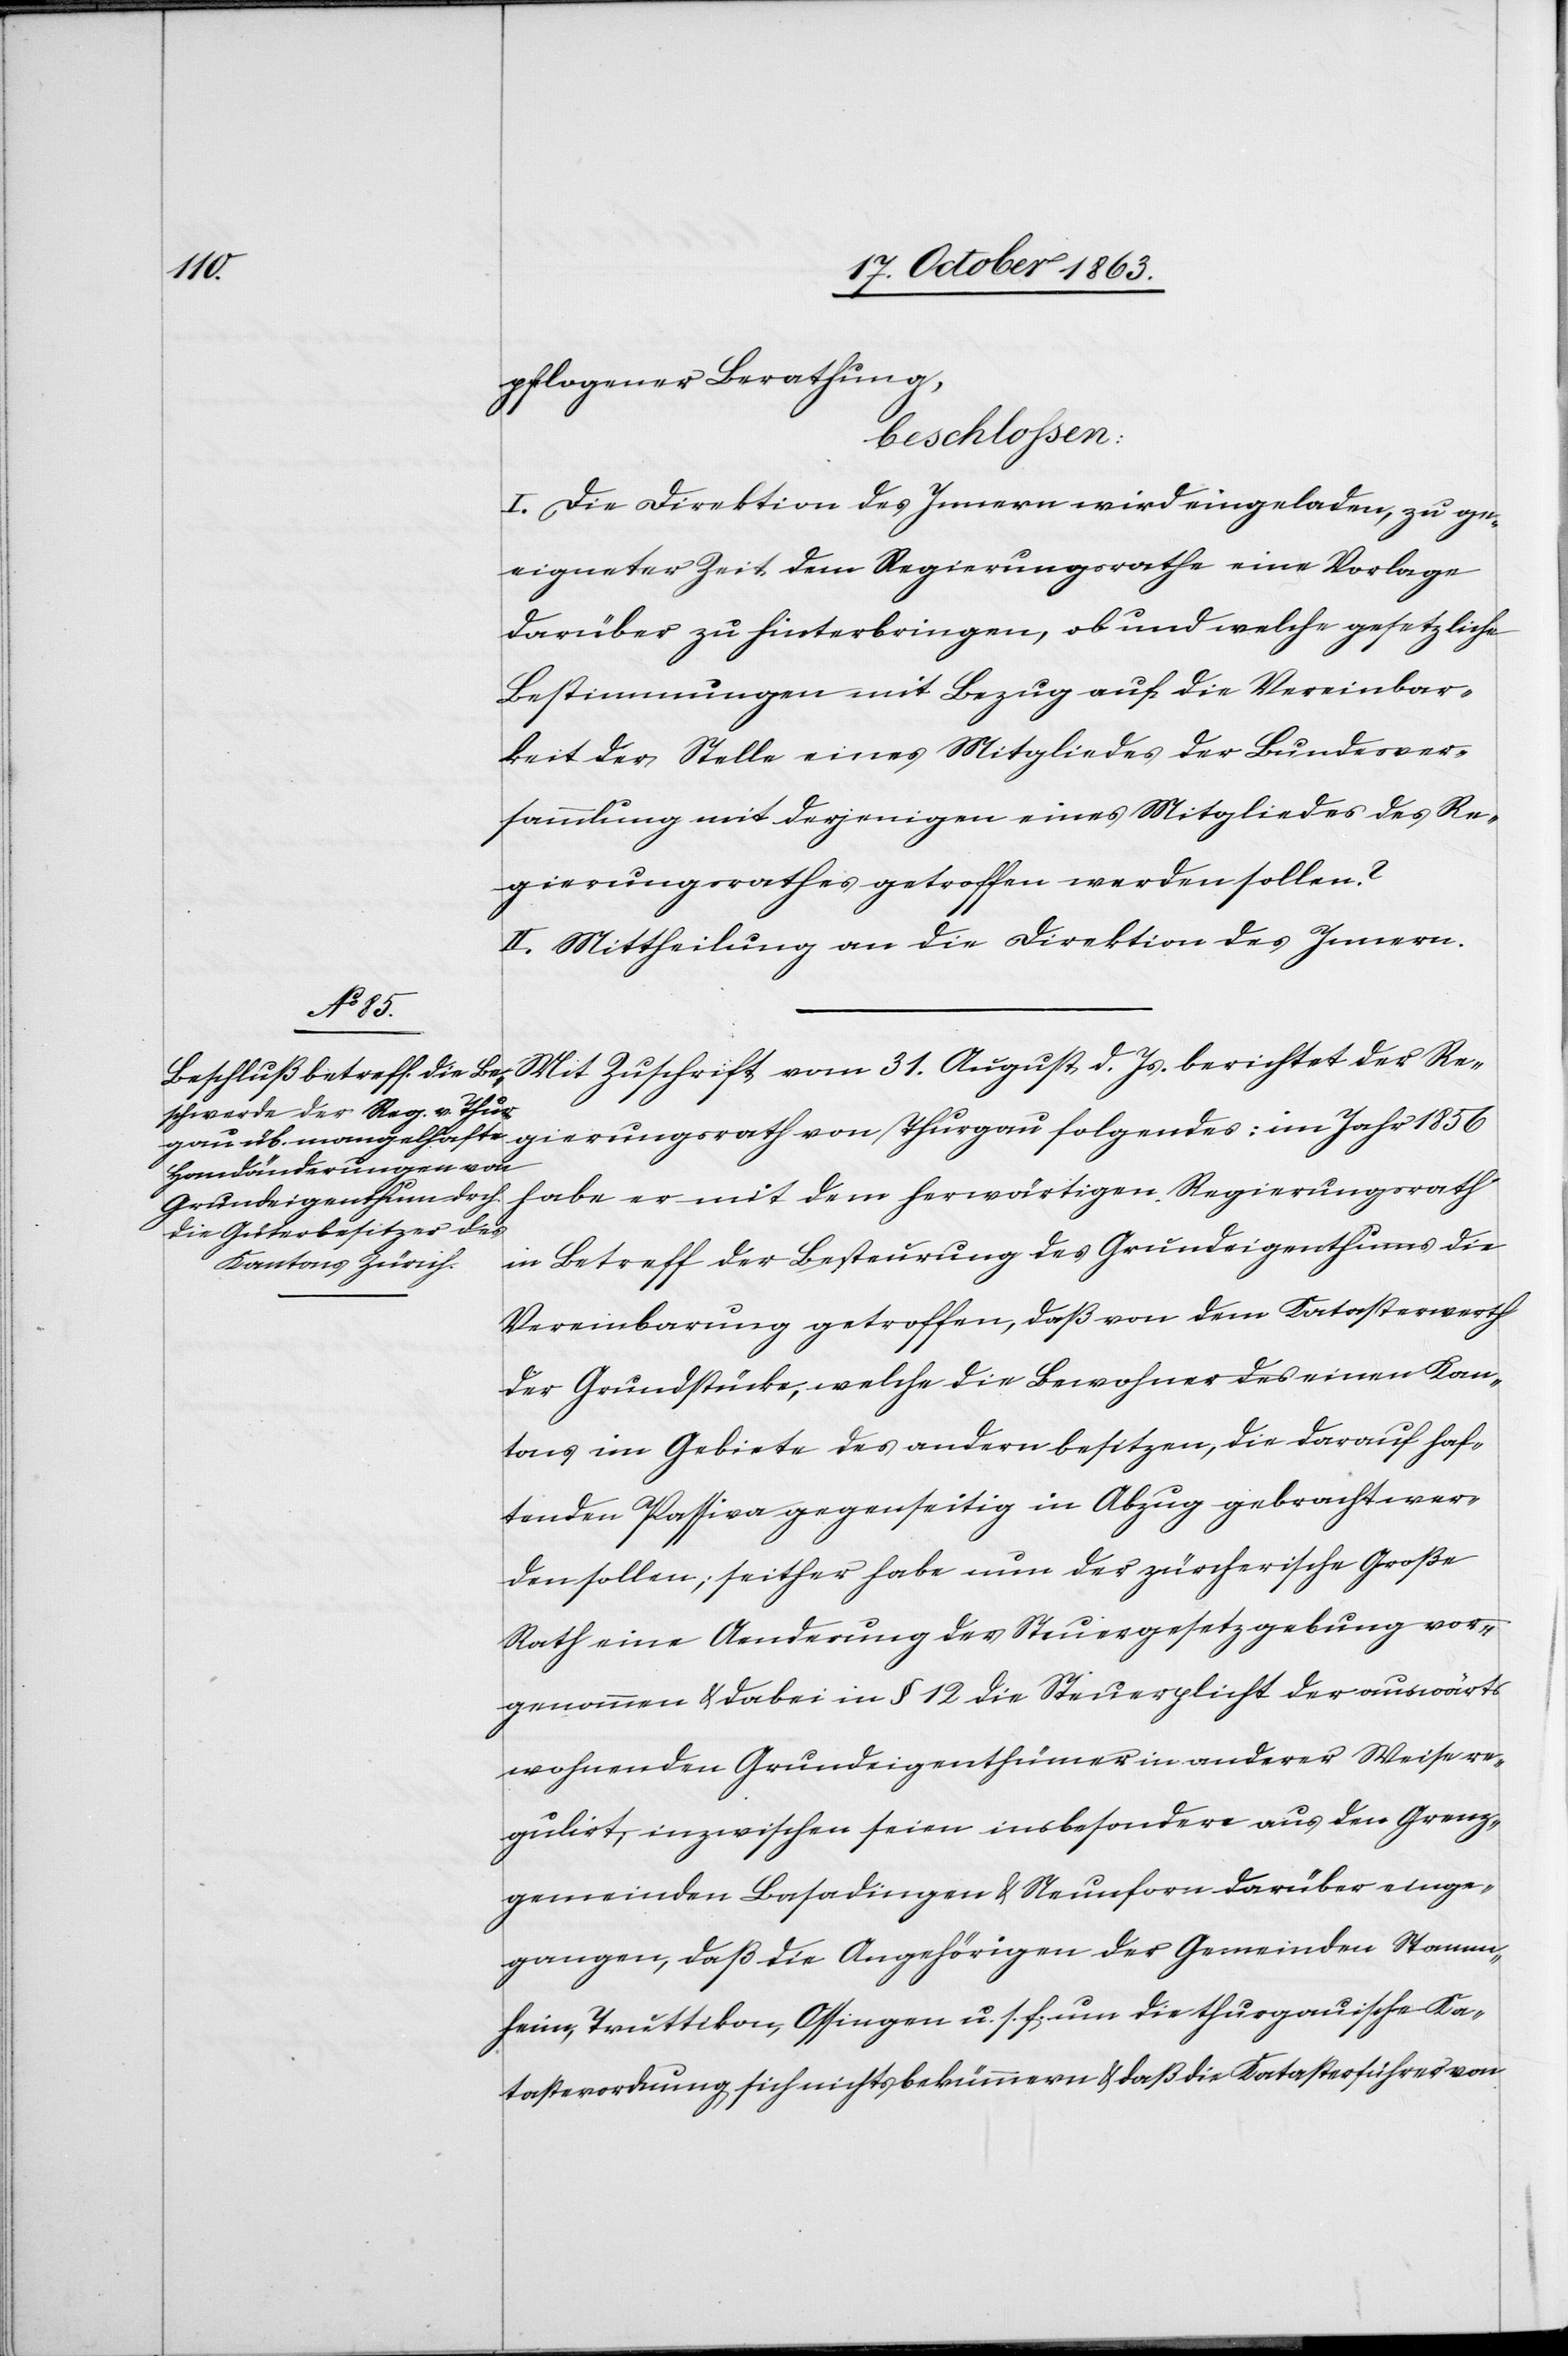
pflogener Berathung,
beschlossen:
I. Die Direktion des Innern wird eingeladen, zu ge¬
eigneter Zeit dem Regierungsrathe eine Vorlage
darüber zu hinterbringen, ob und welche gesetzliche
Bestimmungen mit Bezug auf die Vereinbar¬
keit der Stelle eines Mitgliedes der Bundesver¬
sammlung mit derjenigen eines Mitgliedes des Re¬
gierungsrathes getroffen werden sollen?
II. Mittheilung an die Direktion des Innern.
srath von
Mit Zuschrift vom 31. August d. Js. berichtet der Re¬
habe er mit dem herwärtigen Regierungsrath
in Betreff der Besteurung des Grundeigenthums die
Vereinbarung getroffen, daß von dem Katasterwerth
der Grundstücke, welche die Bewohner des einen Kan¬
tons im Gebiete des andern besitzen, die darauf haf¬
tenden Passiva gegenseitig in Abzug gebracht wer¬
den sollen; seither habe nun der zürcherische Große
Rath eine Aenderung der Steuergesetzgebung vor¬
genommen & dabei in § 12 die Steuerpflicht der auswärts
wohnenden Grundeigenthümer in anderer Weise re¬
gulirt; inzwischen seien insbesondere aus den Grenz¬
gemeinden Basadingen & Neunfron darüber einge¬
gangen, daß die Angehörigen der Gemeinden Stamm¬
heim, Truttikon, Ossingen u. s. f. um die thurgauische Ka¬
tasterordnung sich nichts bekümmern & daß die Katasterführer von